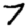
Digit: 7